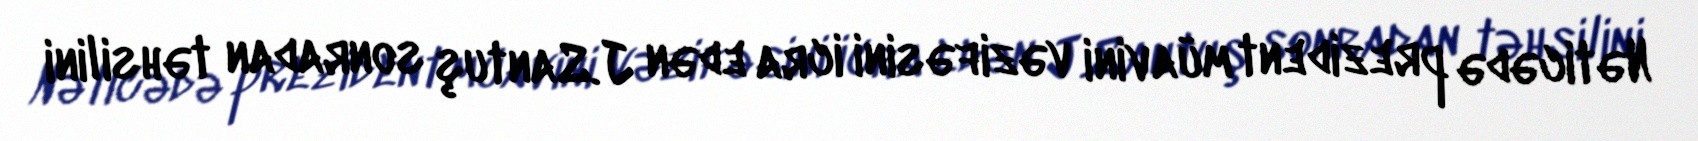
Nəticədə prezident müavini vəzifəsini icra edən J.Santuş sonradan təhsilini